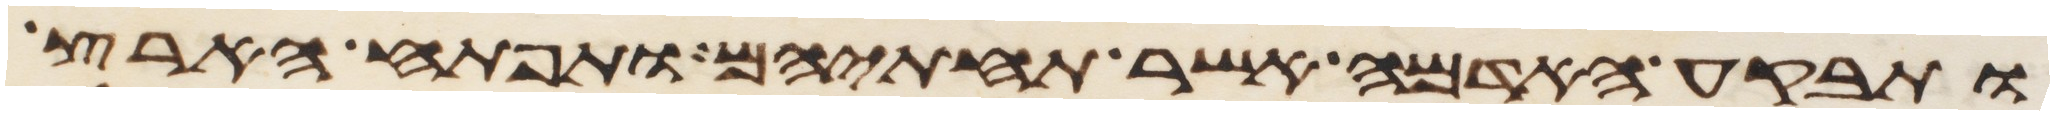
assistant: ותבקע האדמה אשר תחתיהם ותפתח הארץ